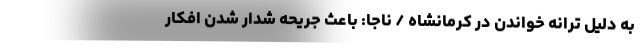
به دلیل ترانه خواندن در کرمانشاه / ناجا: باعث جریحه شدار شدن افکار